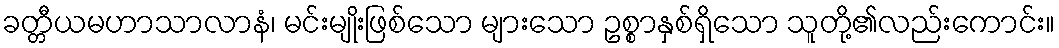
ခတ္တီယမဟာသာလာနံ၊ မင်းမျိုးဖြစ်သော များသော ဥစ္စာနှစ်ရှိသော သူတို့၏လည်းကောင်း။